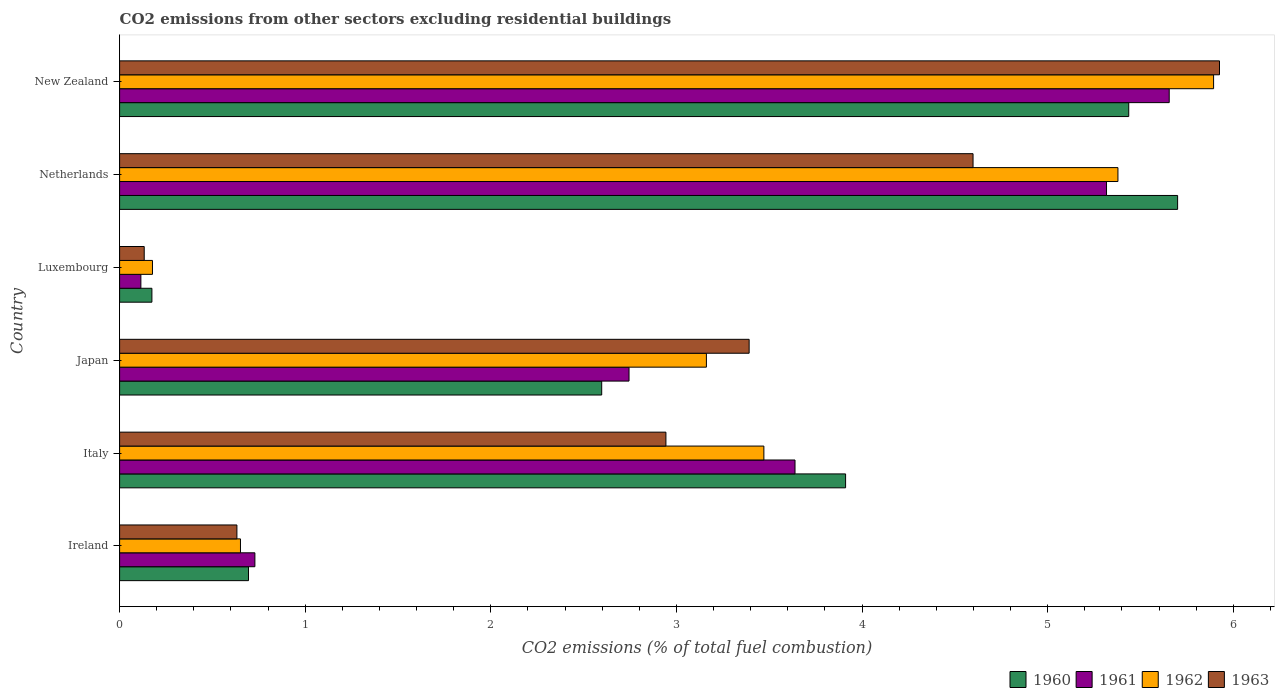
| Country | 1960 | 1961 | 1962 | 1963 |
 | --- | --- | --- | --- | --- |
 | Ireland | 0.694 | 0.729 | 0.651 | 0.632 |
 | Italy | 3.91 | 3.64 | 3.47 | 2.94 |
 | Japan | 2.6 | 2.74 | 3.16 | 3.39 |
 | Luxembourg | 0.174 | 0.115 | 0.177 | 0.133 |
 | Netherlands | 5.7 | 5.32 | 5.38 | 4.6 |
 | New Zealand | 5.44 | 5.66 | 5.89 | 5.93 |